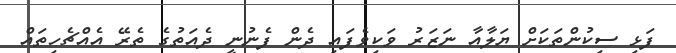
ފަޅި ސިކުންތަކަށް ޔަލާއާ ނަޒަރު ވަކިވެފައި ދެން ފެނުނީ ދެއަތުގެ ތެރޭ އެއްޗެހިތައް